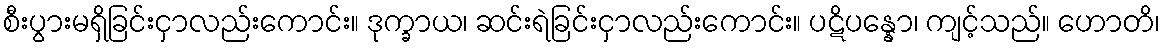
စီးပွားမရှိခြင်းငှာလည်းကောင်း။ ဒုက္ခာယ၊ ဆင်းရဲခြင်းငှာလည်းကောင်း။ ပဋိပန္နော၊ ကျင့်သည်။ ဟောတိ၊